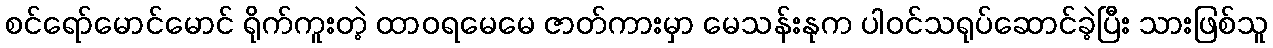
စင်ရော်မောင်မောင် ရိုက်ကူးတဲ့ ထာဝရမေမေ ဇာတ်ကားမှာ မေသန်းနုက ပါဝင်သရုပ်ဆောင်ခဲ့ပြီး သားဖြစ်သူ